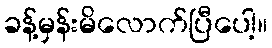
ခန့်မှန်းမိလောက်ပြီပေါ့။